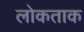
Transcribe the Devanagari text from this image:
लोकताक